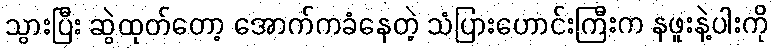
သွားပြီး ဆွဲထုတ်တော့ အောက်ကခံနေတဲ့ သံပြားဟောင်းကြီးက နဖူးနဲ့ပါးကို